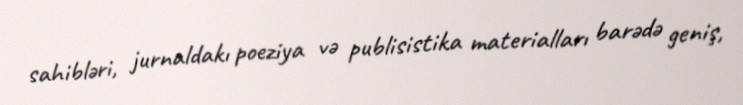
sahibləri, jurnaldakı poeziya və publisistika materialları barədə geniş,